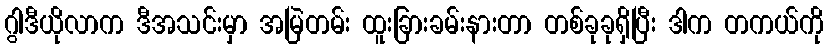
ဂွါဒီယိုလာက ဒီအသင်းမှာ အမြဲတမ်း ထူးခြားခမ်းနားတာ တစ်ခုခုရှိပြီး ဒါက တကယ်ကို